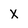
Character: x